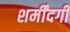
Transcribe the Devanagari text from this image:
शर्मींदगी